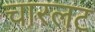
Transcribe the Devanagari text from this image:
चारलट